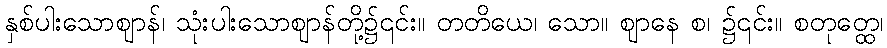
နှစ်ပါးသောဈာန်၊ သုံးပါးသောဈာန်တို့၌၎င်း။ တတိယေ၊ သော။ ဈာနေ စ၊ ၌၎င်း။ စတုတ္ထေ၊